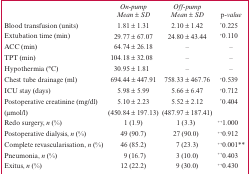
|  | On-pump Mean ± SD | Off-pump Mean ± SD | p-value |
 | --- | --- | --- | --- |
 | Blood transfusion (units) | 1.81 ± 1.31 | 2.10 ± 1.42 | +0.225 |
 | Extubation time (min) | 29.77 ± 67.07 | 24.80 ± 43.44 | +0.110 |
 | ACC (min) | 64.74 ± 26.18 | – | – |
 | TPT (min) | 104.18 ± 32.08 | – | – |
 | Hypothermia (°C) | 30.95 ± 1.81 | – | – |
 | Chest tube drainage (ml) | 694.44 ± 447.91 | 758.33 ± 467.76 | +0.539 |
 | ICU stay (days) | 5.98 ± 5.99 | 5.66 ± 6.47 | +0.712 |
 | Postoperative creatinine (mg/dl) | 5.10 ± 2.23 | 5.52 ± 2.12 | +0.404 |
 | (μmol/l) | (450.84 ± 197.13) | (487.97 ± 187.41) |  |
 | Redo surgery, n (%) | 1 (1.9) | 1 (3.3) | ++1.000 |
 | Postoperative dialysis, n (%) | 49 (90.7) | 27 (90.0) | ++0.912 |
 | Complete revascularisation, n (%) | 46 (85.2) | 7 (23.3) | ++0.001** |
 | Pneumonia, n (%) | 9 (16.7) | 3 (10.0) | ++0.403 |
 | Exitus, n (%) | 12 (22.2) | 9 (30.0) | ++0.430 |